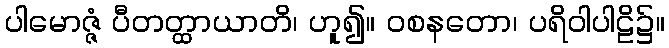
ပါမောဇ္ဇံ ပီတတ္ထာယာတိ၊ ဟူ၍။ ဝစနတော၊ ပရိဝါပါဠိ၌။